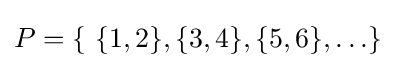
P=\{~\{1,2\},\{3,4\},\{5,6\},\ldots \}